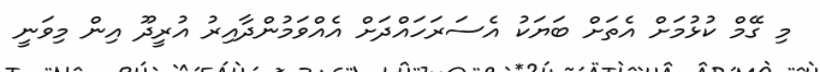
މި ގޭމް ކުޅުމަށް އެތަށް ބަޔަކު އެސަރަހައްދަށް އެއްވަމުންދާއިރު އުރީދޫ އިން މިވަނީ